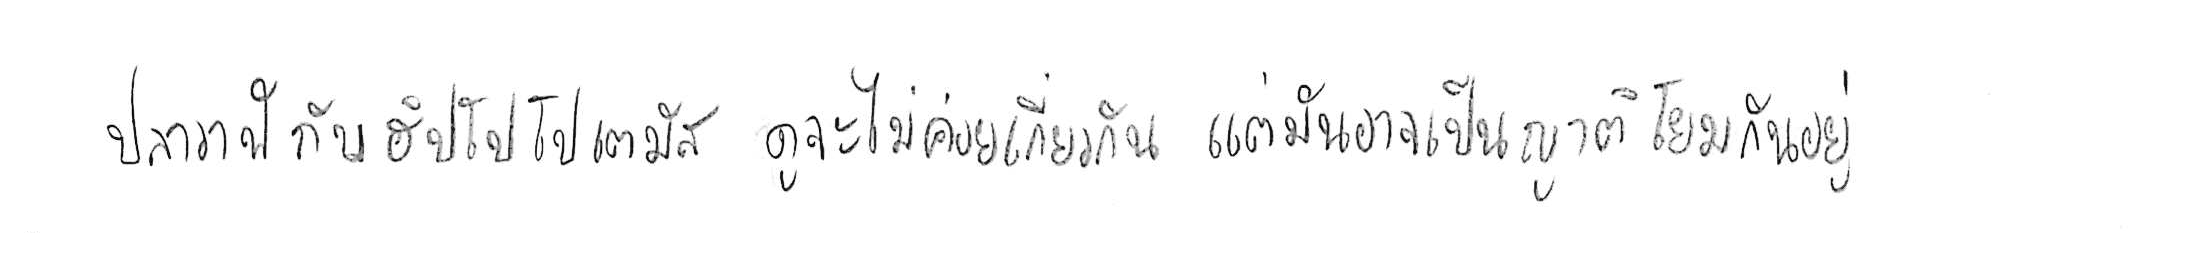
ปลาวาฬ กับ ฮิปโปโปเตมัส ดูจะไม่ค่อยเกี่ยวกัน แต่มันอาจเป็นญาติโยมกันอยู่